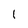
Character: I